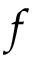
f